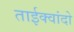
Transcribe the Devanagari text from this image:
ताईक्वांदो